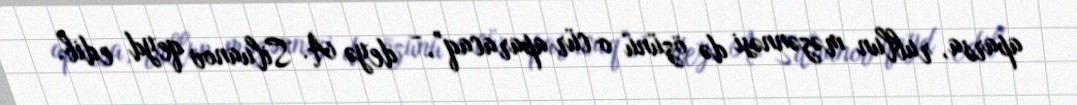
aparsa, rublun məzənnəsi də özünü o cür aparacaq”, - deyə A. Siluanov qeyd edib.